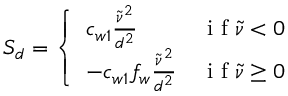
S _ { d } = \left\{ \begin{array} { l l } { c _ { w 1 } \frac { \tilde { \nu } ^ { 2 } } { d ^ { 2 } } } & { \mathrm { ~ i ~ f ~ } \tilde { \nu } < 0 } \\ { - c _ { w 1 } f _ { w } \frac { \tilde { \nu } ^ { 2 } } { d ^ { 2 } } } & { \mathrm { ~ i ~ f ~ } \tilde { \nu } \geq 0 } \end{array} \right.